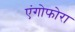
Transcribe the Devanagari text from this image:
एंगोफोरा